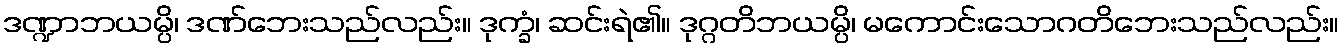
ဒဏ္ဍာဘယမ္ပိ၊ ဒဏ်ဘေးသည်လည်း။ ဒုက္ခံ၊ ဆင်းရဲ၏။ ဒုဂ္ဂတိဘယမ္ပိ၊ မကောင်းသောဂတိဘေးသည်လည်း။